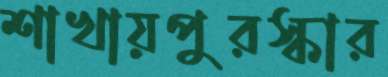
শাখায়পুরস্কার